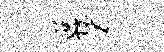
迢碧